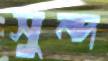
সুন্দ